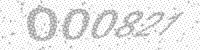
Solution: 000821